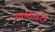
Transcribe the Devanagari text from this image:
स्‍वर्णाक्षरों